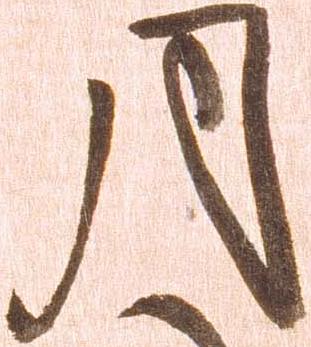
月